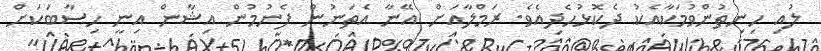
ލުއި ހިނިތުންވުމަކާއެކު ދެކޮޅުހެދިއެވެ. ރަމްލާއަށް އޭނާ އެތަނުން ފެނުމުން އިޝާން އިނީ ހިސާބަކަށް